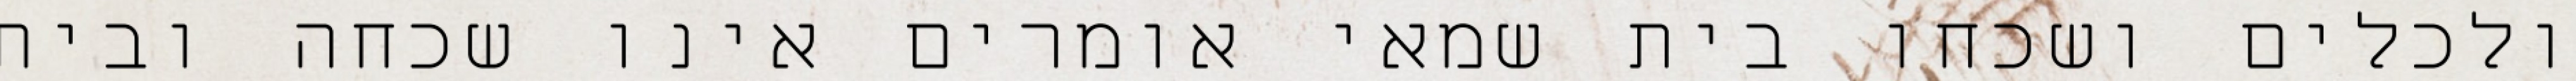
ולכלים ושכחו בית שמאי אומרים אינו שכחה ובית